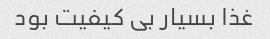
غذا بسیار بی کیفیت بود